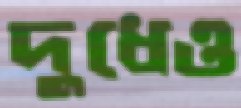
দুধেও